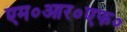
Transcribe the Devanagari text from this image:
एम०आर०एफ०